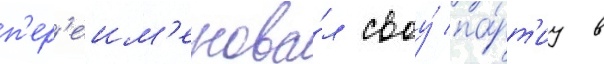
п'ер'еим'енова́л своу́ па́рт'иу в